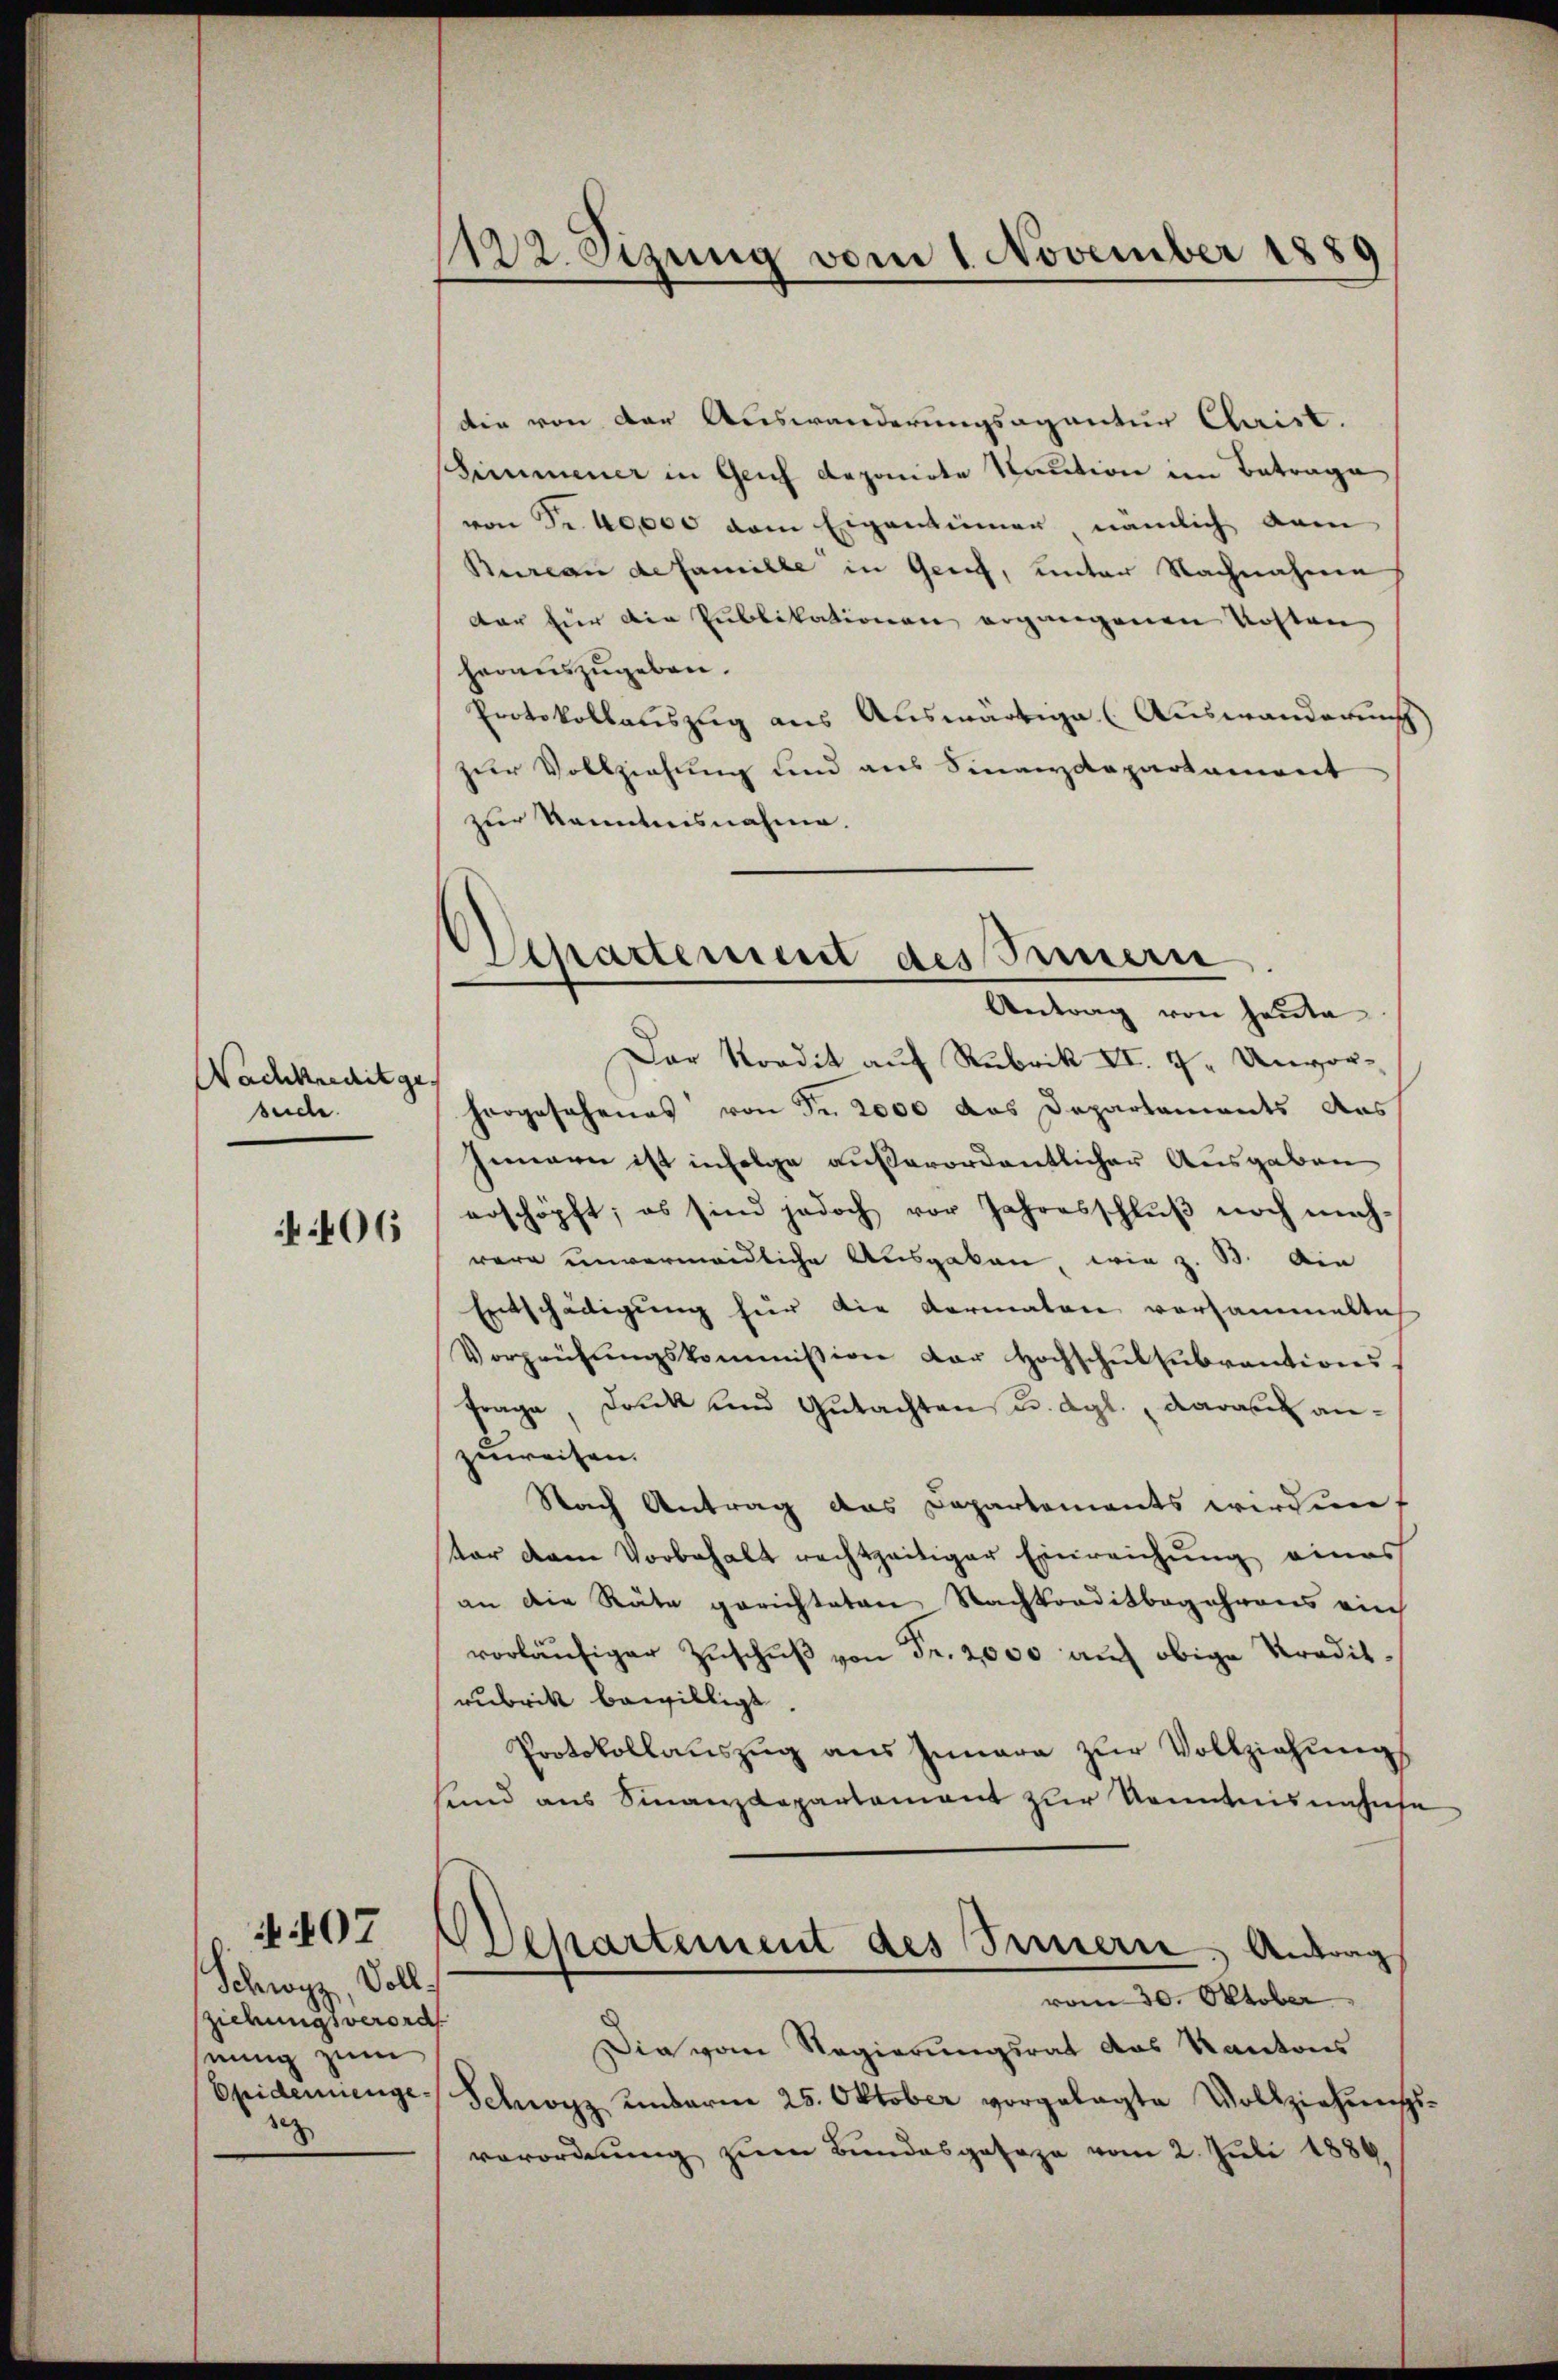
Nachkreditge
suche.

406

Schwyz, Vollsziehungsverord
nung zum
1

407

1122. Sizung vom 1. November 1889

die von der Auswanderungsagantur Christ.
shimmener in Geich deponirte Kaution im Betrage
von Fr. 40,000 dem Eigentümer, nämlich dem
Bureau de famille in Genf, unter Nachnahme
dar für die Publikationen ergangenen Kosten
herauszugeben.
Protokollauszug aus Auswärtige (Auswanderung
zur Vollziehung und aus Sinanzdepartament
zur kanntnisnahme.
Dar Nordit auf Rubrik II. 7. Unvorhorgesehenes von Fr. 2000 das Departaments des
Innern ist infolge außerordentlicher Ausgaben
erschöpft, es sind jedoch vor Jahresschlŭβ noch mach-
wäre unvermeidliche Ausgaben, wie z. B. Die
Entschädigung hier die Formalen versammelte
Vorprüfŭngskommission der Hochschulsubventions
Frage, Druck und Gutachten u. dgl., darau anzuweisen.
Nach Antrag das Departements wirden f
tor dem Vorbehalt rechtzeitiger Einreichung eines
an die Räte gerichteten Nachkonditbegehrens ein
vorläufiger Zuschuß von Fr. 2,000 auf obige Praditrubrik bewilligt.
Protokollaŭszŭg aŭs Iunara zŭr Vollziehŭngs
Hand aus Finanzdepartement zur Kenntnisnahmse
Departement des Innern, Antrag
vom 30. Oktober
Die vom Regierungsrat das Kantons
Epidemienge Schwarz undarm 25. Oktober vorgelegte Vollziehŭngs-
verordnung zum Bundesgeseze vom 2. Juli 1884.

Spartement des Simmern
Antrag von heute